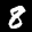
Label: 8